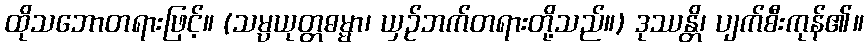
ထိုသဘောတရားဖြင့်။ (သမ္ပယုတ္တဓမ္မာ၊ ယှဉ်ဘက်တရားတို့သည်။) ဒုဿန္တိ၊ ပျက်စီးကုန်၏။